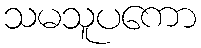
သမသူပကော